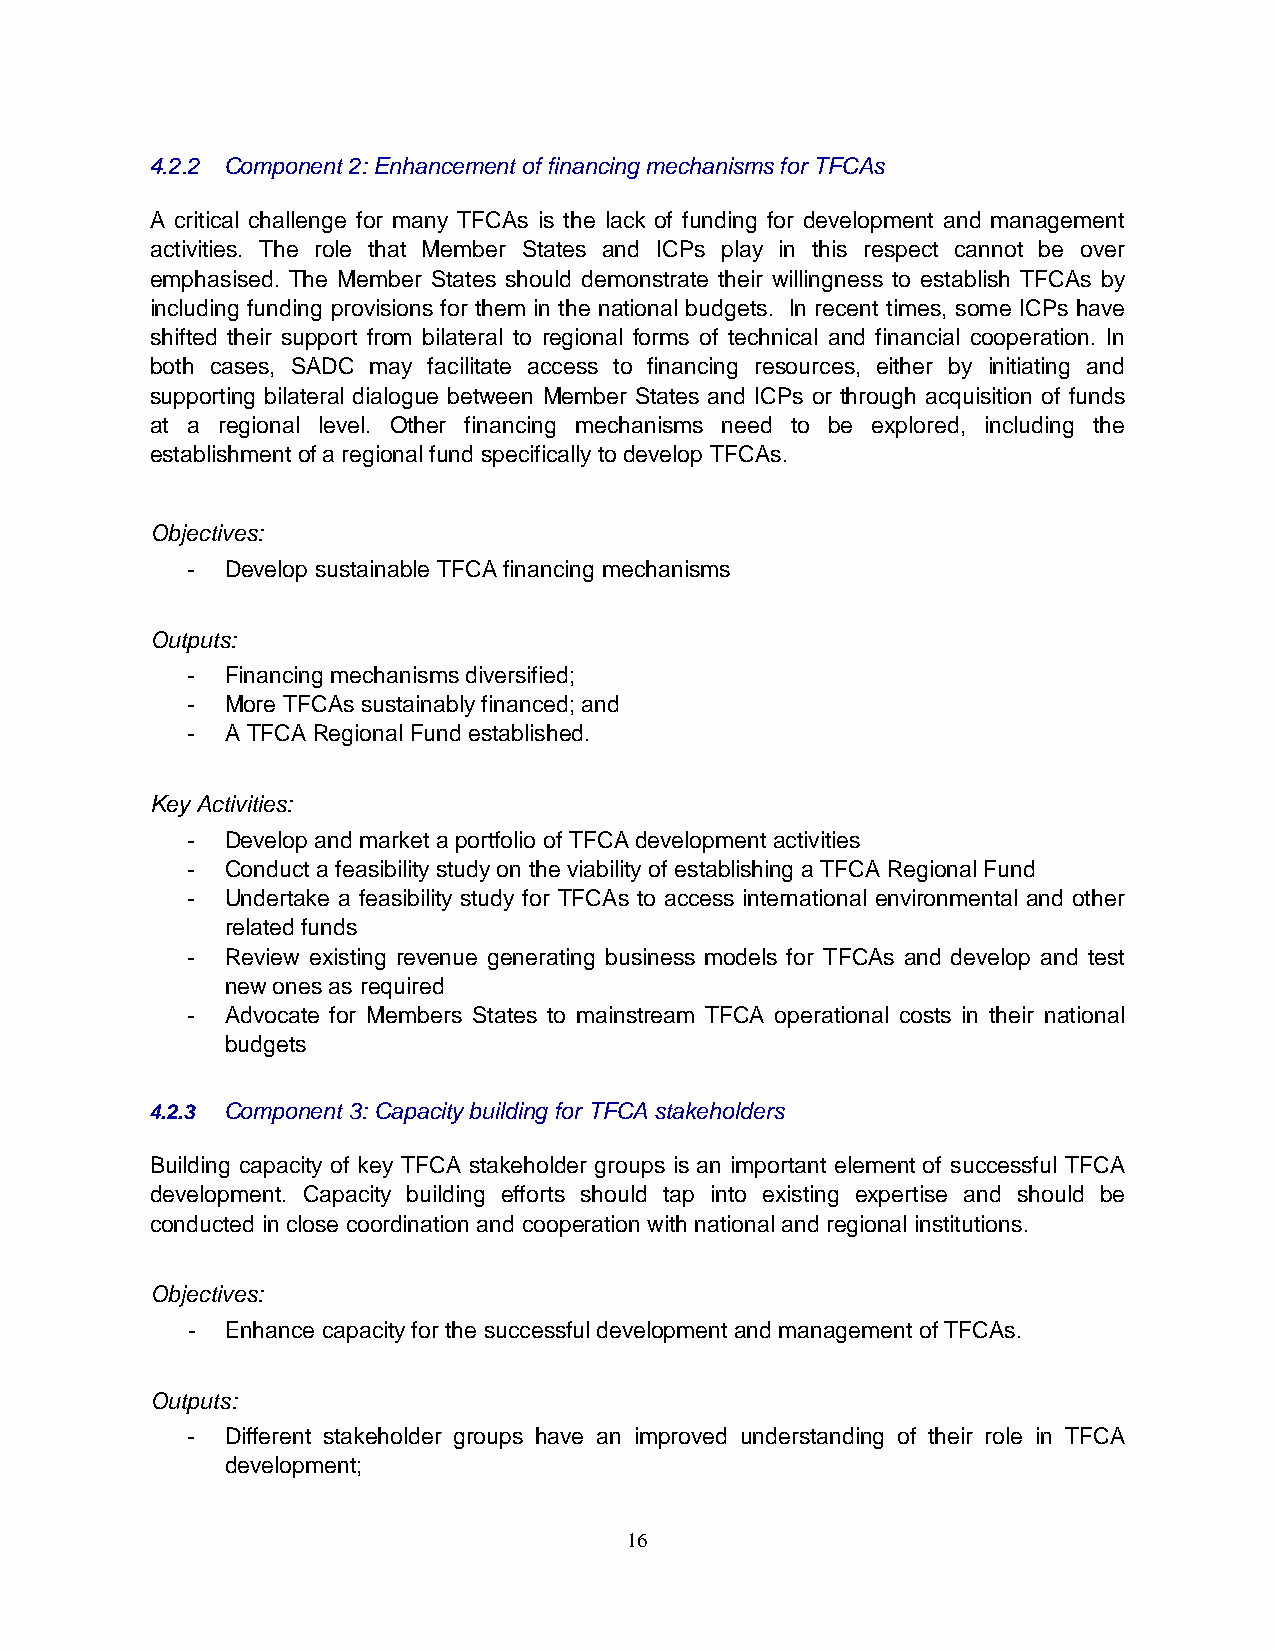
4.2.2 Component 2: Enhancement of financing mechanisms for TFCAs
 A critical challenge for many TFCAs is the lack of funding for development and management
 activities. The role that Member States and ICPs play in this respect cannot be over
 emphasised. The Member States should demonstrate their willingness to establish TFCAs by
 including funding provisions for them in the national budgets. In recent times, some ICPs have
 shifted their support from bilateral to regional forms of technical and financial cooperation. In
 both cases, SADC may facilitate access to financing resources, either by initiating and
 supporting bilateral dialogue between Member States and ICPs or through acquisition of funds
 at a regional level. Other financing mechanisms need to be explored, including the
 establishment of a regional fund specifically to develop TFCAs.
 Objectives:
 -  Develop sustainable TFCA financing mechanisms
 Outputs:
 -  Financing mechanisms diversified;
 -  More TFCAs sustainably financed; and
 -  A TFCA Regional Fund established.
 Key Activities:
 -  Develop and market a portfolio of TFCA development activities
 -  Conduct a feasibility study on the viability of establishing a TFCA Regional Fund
 -  Undertake a feasibility study for TFCAs to access international environmental and other
 related funds
 -  Review existing revenue generating business models for TFCAs and develop and test
 new ones as required
 -  Advocate for Members States to mainstream TFCA operational costs in their national
 budgets
 4.2.3 Component 3: Capacity building for TFCA stakeholders
 Building capacity of key TFCA stakeholder groups is an important element of successful TFCA
 development. Capacity building efforts should tap into existing expertise and should be
 conducted in close coordination and cooperation with national and regional institutions.
 Objectives:
 -  Enhance capacity for the successful development and management of TFCAs.
 Outputs:
 -  Different stakeholder groups have an improved understanding of their role in TFCA
 development;
 16